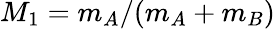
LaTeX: M_{1}=m_{A}/(m_{A}+m_{B})